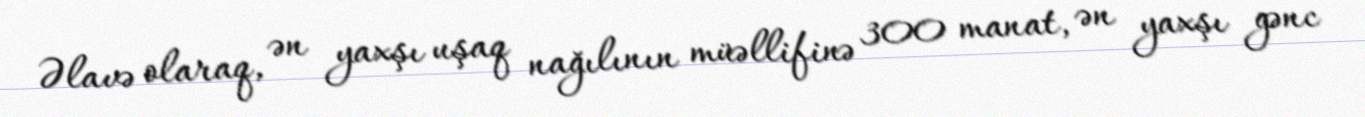
Əlavə olaraq, ən yaxşı uşaq nağılının müəllifinə 300 manat, ən yaxşı gənc